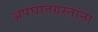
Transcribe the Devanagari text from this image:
अपघातग्रस्तांना